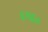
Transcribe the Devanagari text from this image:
६९६०